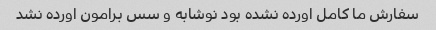
سفارش ما کامل اورده نشده بود نوشابه و سس برامون اورده نشد